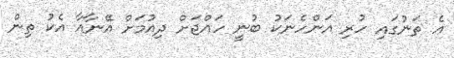
އެ ތަނުގައި ހުރި އަންހެނަކު ބުނީ ހައްޖަށް ދިއުމަށް އޭނާއާ އެކު ތިން